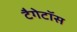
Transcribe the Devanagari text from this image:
टैगेटॉस